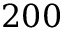
2 0 0